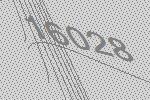
16028